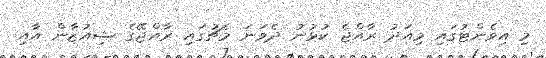
މި އިވެންޓުގައި މިއަދު ރާއްޖެ ކުޅުނު ދެވަނަ މެޗުގައި ރާއްޖޭގެ ޝިއުޒާން އާއި